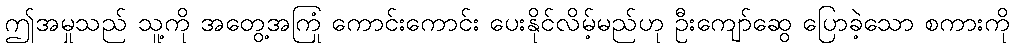
ဤအမှုသည် သူ့ကို အတွေ့အကြုံ ကောင်းကောင်း ပေးနိုင်လိမ့်မည်ဟု ဦးကျော်ဆွေ ပြောခဲ့သော စကားကို